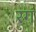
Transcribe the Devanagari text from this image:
रगं